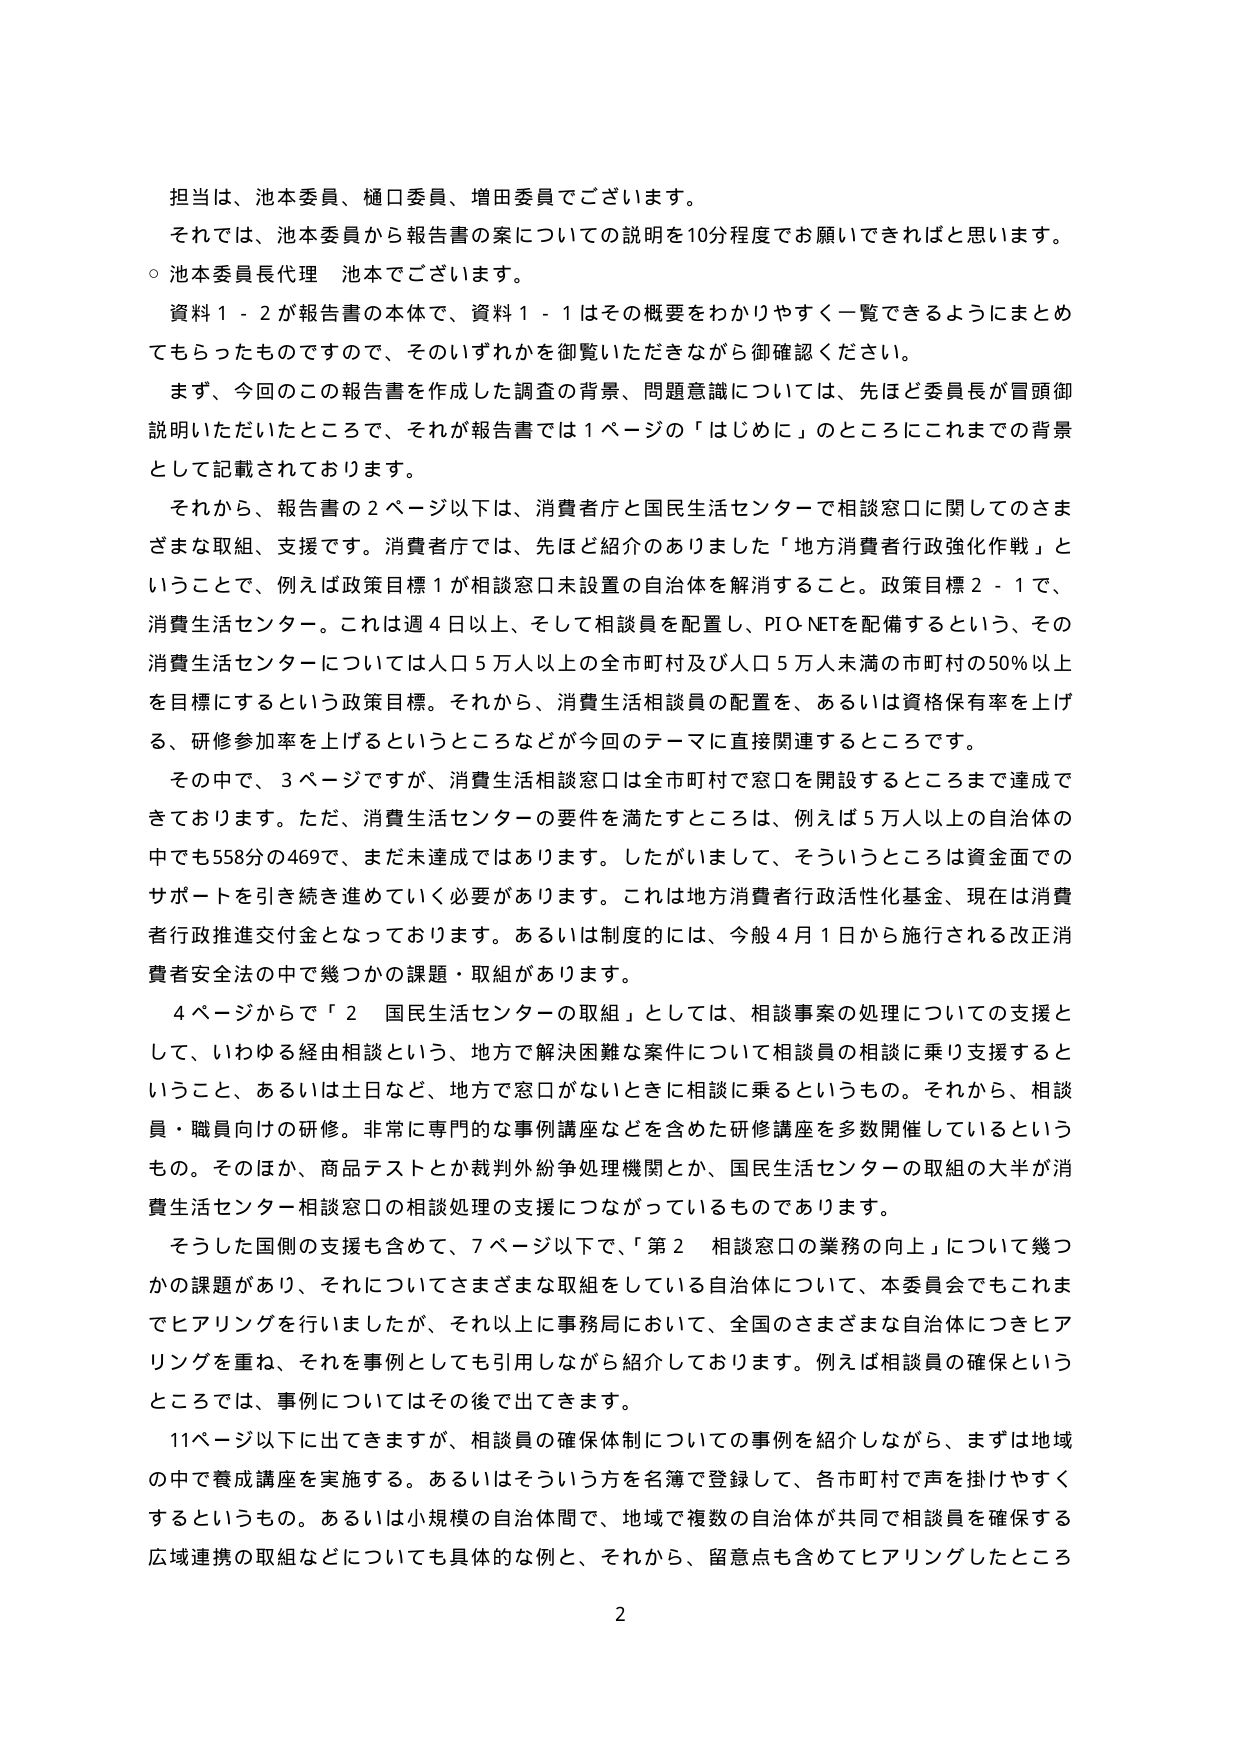
担当は、池本委員、樋口委員、増田委員でございます。
それでは、池本委員から報告書の案についての説明を10分程度でお願いできればと思います。
○ 池本委員長代理 池本でございます。
資料1－2が報告書の本体で、資料1－1はその概要をわかりやすく一覧できるようにまとめ
てもらったものですので、そのいずれかを御覧いただきながら御確認ください。
まず、今回のこの報告書を作成した調査の背景、問題意識については、先ほど委員長が冒頭御
説明いただいたところで、それが報告書では1ページの「はじめに」のところにこれまでの背景
として記載されております。
それから、報告書の2ページ以下は、消費者庁と国民生活センターで相談窓口に関してのさま
ざまな取組、支援です。消費者庁では、先ほど紹介のありました「地方消費者行政強化作戦」と
いうことで、例えば政策目標1が相談窓口未設置の自治体を解消すること。政策目標2－1で、
消費生活センター。これは週4日以上、そして相談員を配置し、PIO-NETを配備するという、その
消費生活センターについては人口5万人以上の全市町村及び人口5万人未満の市町村の50％以上
を目標にするという政策目標。それから、消費生活相談員の配置を、あるいは資格保有率を上げ
る、研修参加率を上げるというところなどが今回のテーマに直接関連するところです。
その中で、3ページですが、消費生活相談窓口は全市町村で窓口を開設するところまで達成で
きております。ただ、消費生活センターの要件を満たすところは、例えば5万人以上の自治体の
中でも558分の469で、まだ未達成ではあります。したがいまして、そういうところは資金面での
サポートを引き続き進めていく必要があります。これは地方消費者行政活性化基金、現在は消費
者行政推進交付金となっております。あるいは制度的には、今般4月1日から施行される改正消
費者安全法の中で幾つかの課題・取組があります。
4ページからで「2 国民生活センターの取組」としては、相談事案の処理についての支援と
して、いわゆる経由相談という、地方で解決困難な案件について相談員の相談に乗り支援すると
いうこと、あるいは土日など、地方で窓口がないときに相談に乗るというもの。それから、相談
員・職員向けの研修。非常に専門的な事例講座などを含めた研修講座を多数開催しているという
もの。そのほか、商品テストとか裁判外紛争処理機関とか、国民生活センターの取組の大半が消
費生活センター相談窓口の相談処理の支援につながっているものであります。
そうした国側の支援も含めて、7ページ以下で、「第2 相談窓口の業務の向上」について幾つ
かの課題があり、それについてさまざまな取組をしている自治体について、本委員会でもこれま
でヒアリングを行いましたが、それ以上に事務局において、全国のさまざまな自治体につきヒア
リングを重ね、それを事例としても引用しながら紹介しております。例えば相談員の確保という
ところでは、事例についてはその後で出てきます。
11ページ以下に出てきますが、相談員の確保体制についての事例を紹介しながら、まずは地域
の中で養成講座を実施する。あるいはそういう方を名簿で登録して、各市町村で声を掛けやすく
するというもの。あるいは小規模の自治体間で、地域で複数の自治体が共同で相談員を確保する
広域連携の取組などについても具体的な例と、それから、留意点も含めてヒアリングしたところ
2